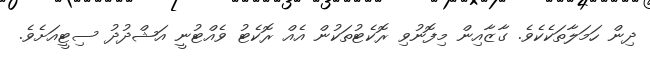
ދިން ހަމަލާތަކެކެވެ. ގާޒާއިން މިފޮނުވި ރޮކެޓުތަކުން އެއް ރޮކެޓު ވެއްޓުނީ އަޝްދުދު ސިޓީއަށެވެ.